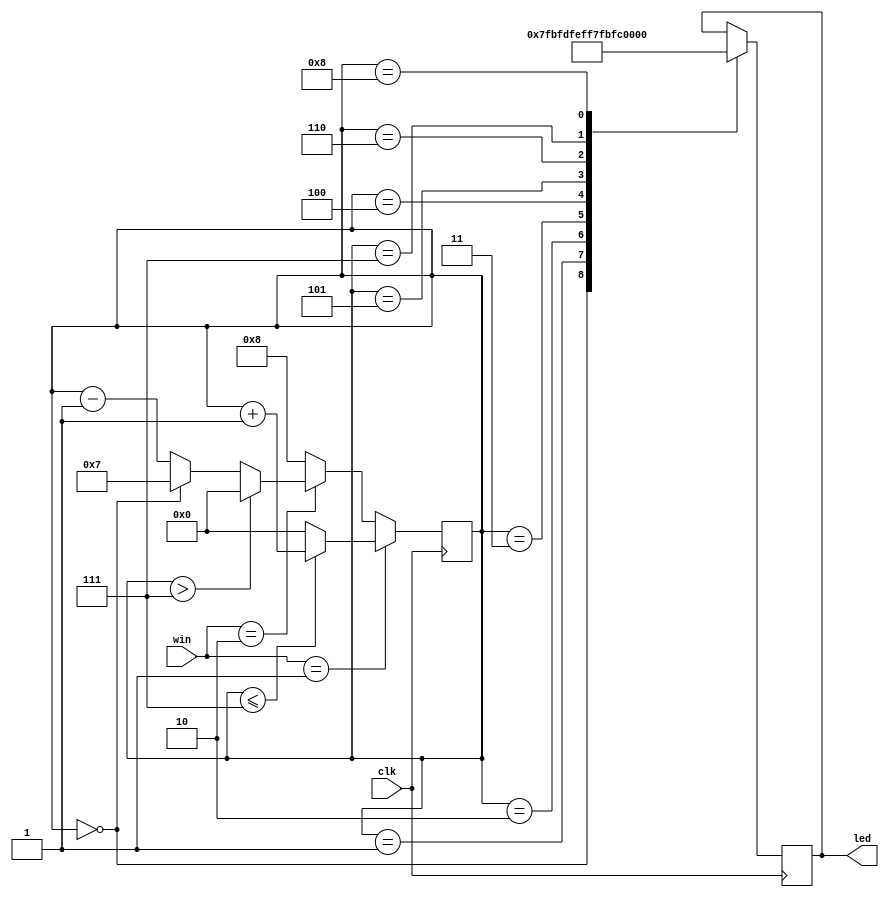
module led(clk,led,win);
input clk;
input[2:0] win;
output[7:0]led;
reg[7:0]led;
reg[2:0]state;
reg[4:0]ledstate;
parameter S0=4'b0001,S1=4'b0010,S2=4'b0011;
always@(posedge clk)
begin
     if(win==1)
     begin
		  if(ledstate<=7)
			 ledstate<=ledstate+1'b1;
		  else ledstate<=0;
	 end
	 else if(win==2)
	 begin
		  if(ledstate>7) ledstate<=0;
		  else if(ledstate==0) ledstate<=7;
		  else ledstate<=ledstate-1'b1;
	 end
	 else
	 ledstate<=8;
end
always@(posedge clk)
  begin
     case(ledstate)
     0:led<=8'b01111111;
     1:led<=8'b10111111;
     2:led<=8'b11011111;
     3:led<=8'b11101111;
     4:led<=8'b11110111;
     5:led<=8'b11111011;
     6:led<=8'b11111101;
     7:led<=8'b11111110; 
     8:led<=8'b00000000;            
     endcase
     end
     endmodule